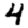
Digit: 4